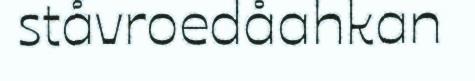
ståvroedåahkan